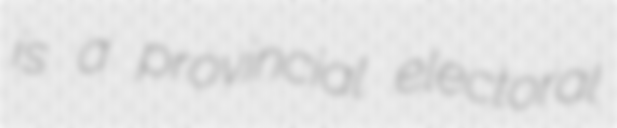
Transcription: is a provincial electoral